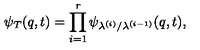
\psi _ { T } ( q , t ) = \prod _ { i = 1 } ^ { r } \psi _ { \lambda ^ { ( i ) } / \lambda ^ { ( i - 1 ) } } ( q , t ) ,